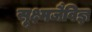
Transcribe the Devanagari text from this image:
सूक्ष्मजैविज्ञ